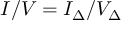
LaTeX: I / V = I _ { \Delta } / V _ { \Delta }